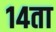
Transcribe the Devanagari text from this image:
१४ता